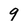
Character: 9